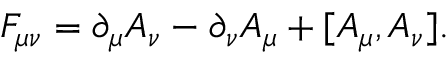
F _ { \mu \nu } = \partial _ { \mu } A _ { \nu } - \partial _ { \nu } A _ { \mu } + [ A _ { \mu } , A _ { \nu } ] .